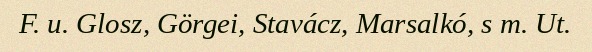
F. u. Glosz, Görgei, Stavácz, Marsalkó, s m. Ut.